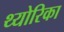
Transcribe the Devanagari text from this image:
थ्योरिका